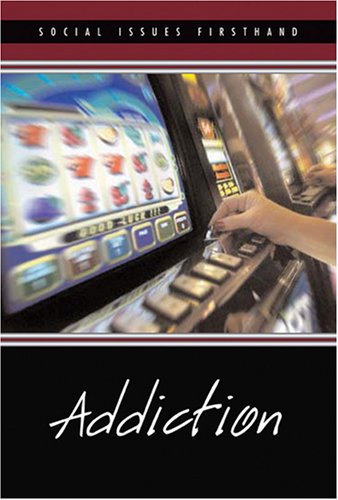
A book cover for Addiction (Social Issues Firsthand); Wyatt Schaefer; Teen & Young Adult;